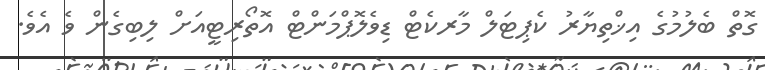
ގޮތް ބެލުމުގެ އިޚްތިޔާރު ކެޕިޓަލް މާރކެޓް ޑިވެލޮޕްމަންޓް އޮތޯރިޓީއަށް ލިބިގެން ވެ އެވެ.